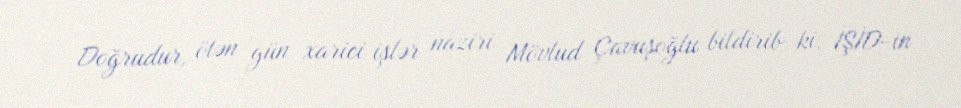
Doğrudur, ötən gün xarici işlər naziri Mövlud Çavuşoğlu bildirib ki, İŞİD-in